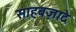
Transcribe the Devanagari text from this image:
साहबज़ादे